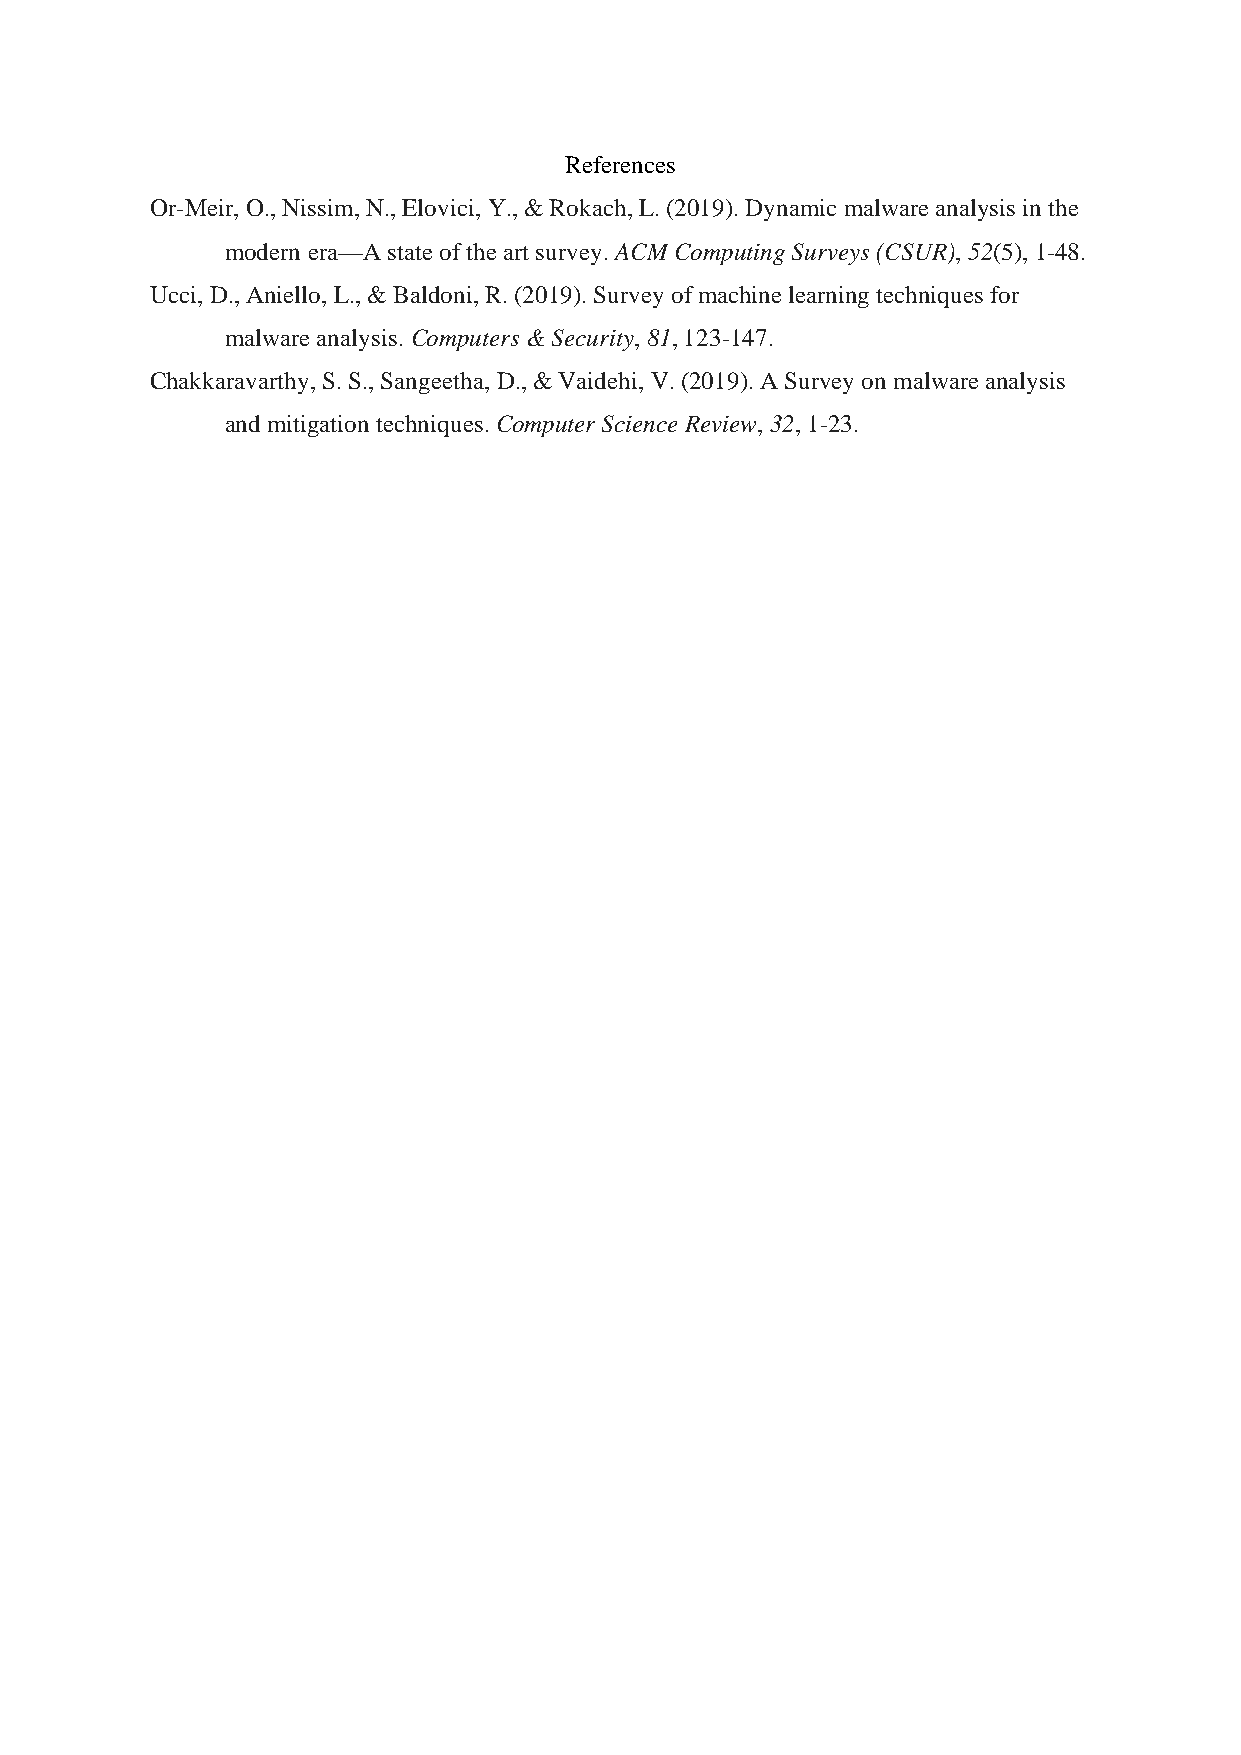
References
 Or-Meir, O., Nissim, N., Elovici, Y., & Rokach, L. (2019). Dynamic malware analysis in the
 modern era—A state of the art survey. ACM Computing Surveys (CSUR), 52(5), 1-48.
 Ucci, D., Aniello, L., & Baldoni, R. (2019). Survey of machine learning techniques for
 malware analysis. Computers & Security, 81, 123-147.
 Chakkaravarthy, S. S., Sangeetha, D., & Vaidehi, V. (2019). A Survey on malware analysis
 and mitigation techniques. Computer Science Review, 32, 1-23.